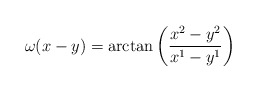
\begin{align*}\omega(x-y) = \arctan \left( \frac{x^2 - y^2}{x^1 - y^1} \right)\end{align*}